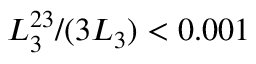
L _ { 3 } ^ { 2 3 } / ( 3 L _ { 3 } ) < 0 . 0 0 1